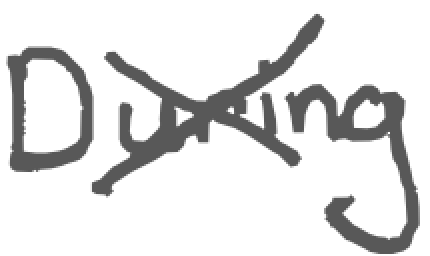
Text: During
Cross-out: cross
Writing tool: digital_gray